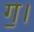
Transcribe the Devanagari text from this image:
ग॒।